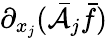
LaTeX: \partial_{x_{j}}(\bar{\mathcal{A}}_{j}\bar{f})